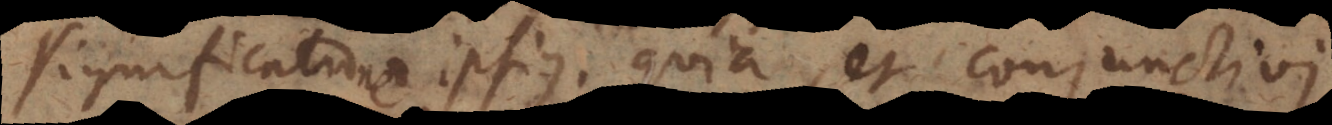
significatione ipsius quia, et conjunctivi